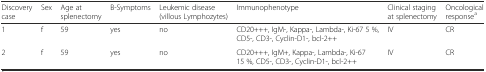
<table><thead><tr><td><b>Discovery case</b></td><td><b>Sex</b></td><td><b>Age at splenectomy</b></td><td><b>B-Symptoms</b></td><td><b>Leukemic disease (villous Lymphozytes)</b></td><td><b>Immunophenotype</b></td><td><b>Clinical staging at splenectomy</b></td><td><b>Oncological response<sup>a</sup></b></td></tr></thead><tbody><tr><td>1</td><td>f</td><td>59</td><td>yes</td><td>no</td><td>CD20+++, IgM-, Kappa-, Lambda-, Ki-67 5 %, CD5-, CD3-, Cyclin-D1-, bcl-2++</td><td>IV</td><td>CR</td></tr><tr><td>2</td><td>f</td><td>59</td><td>yes</td><td>no</td><td>CD20+++, IgM+, Kappa-, Lambda-, Ki-67 15 %, CD5-, CD3-, Cyclin-D1-, bcl-2++</td><td>IV</td><td>CR</td></tr></tbody></table>